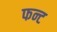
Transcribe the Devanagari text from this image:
फन्ट